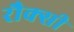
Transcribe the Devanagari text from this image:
रौक्सी